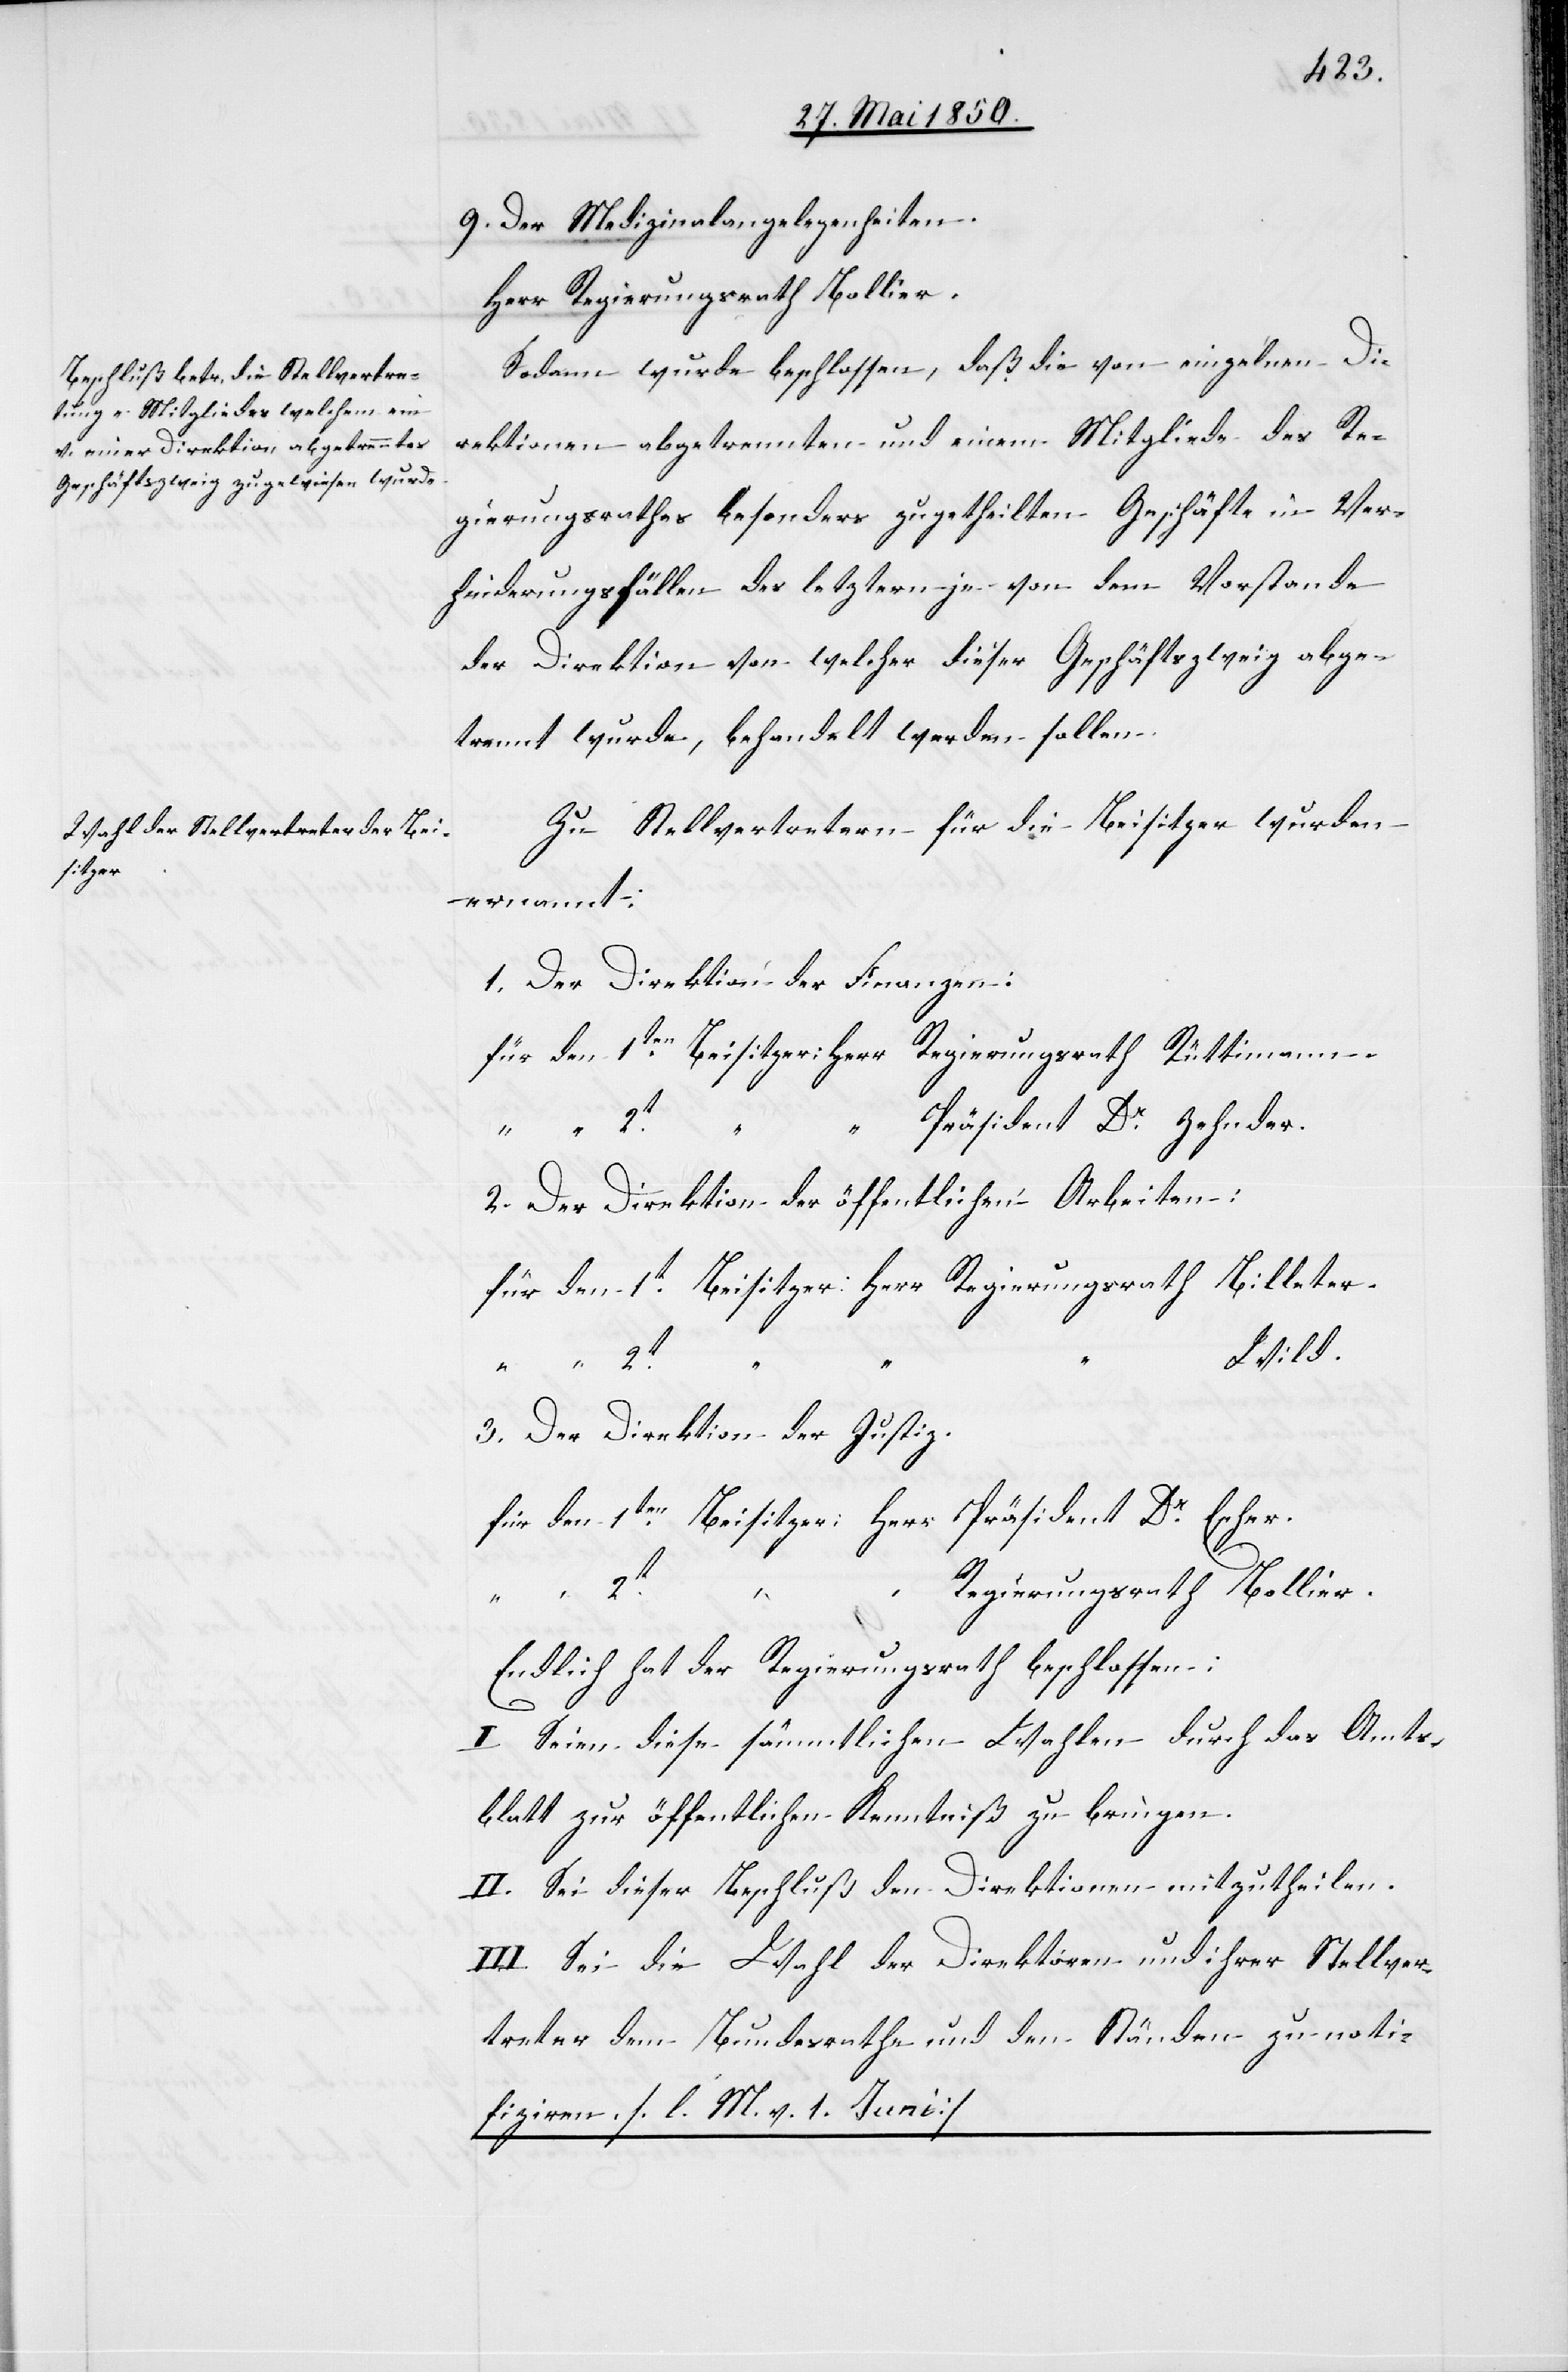
Escher.

9. Der Medizinalangelegenheiten.
Herr Regierungsrath Bollier.
Sodann wurde beschlossen, daß die von einzelnen Di¬
rektionen abgetrennten und einem Mitgliede des Re¬
gierungsrathes besonders zugetheilten Geschäfte in Ver¬
hinderungsfällen des letztern je von dem Vorstande
der Direktion von welcher dieser Geschäftszweig abge¬
trennt wurde, behandelt werden sollen.
Zu Stellvertretern für die Beisitzer wurden
ernannt:
1. Der Direktion der Finanzen:
für den 1ten Beisitzer: Herr	Regierungsrath Präsident
Präsiden Dr Zehnder.
2. Der Direktion der öffentlichen Arbeiten:
für den 1t Beisitzer: Herr	Regierungsrath Billeter.
Wild.
3. Der Direktion der Justiz.
Regierungsrath Bollier
2ten
Endlich hat der Regierungsrath beschlossen:
I. Seien diese sämmtlichen Wahlen durch das Amts¬
blatt zur öffentlichen Kenntniß zu bringen.
II. Sei dieser Beschluß den Direktionen mitzutheilen.
III. Sei die Wahl der Direktoren und ihrer Stellver¬
treter dem Bundesrathe und den Ständen zu noti¬
fiziren. [l. M. v. 1. Juni]